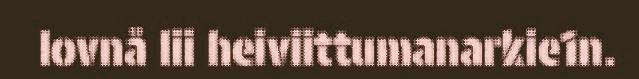
lovnå lii heiviittumanarkie1n.